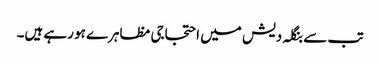
تب سے بنگلہ دیش میں احتجاجی مظاہرے ہو رہے ہیں۔